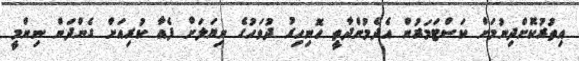
އިތުރުކޮށްދިނުމަށް ކަސްޓަމަރުން އެދެމުންދާތީ ހޮނިހިރު ދުވަހުގެ ނިިޔަލަށް ފެއާ ކުރިއަށް ގެންދަން ނިންމީ